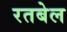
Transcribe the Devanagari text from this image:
रतबेल